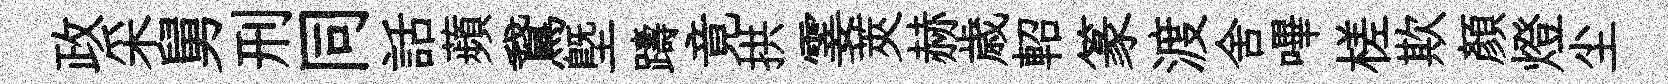
政采舅刑同話蘋鵞塈躊竟拱霎莢赫歳軺篆渡舍嗶槎欺顔燈尘